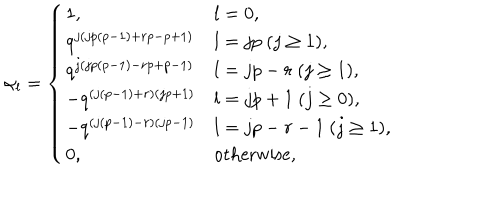
\alpha _ { l } = \left\{ \begin{array} { l l } { { 1 , } } & { { l = 0 , } } \\ { { q ^ { j ( j p ( p - 1 ) + r p - p + 1 ) } } } & { { l = j p ~ ( j \geq 1 ) , } } \\ { { q ^ { j ( j p ( p - 1 ) - r p + p - 1 ) } } } & { { l = j p - r ~ ( j \geq 1 ) , } } \\ { { - q ^ { ( j ( p - 1 ) + r ) ( j p + 1 ) } } } & { { l = j p + 1 ~ ( j \geq 0 ) , } } \\ { { - q ^ { ( j ( p - 1 ) - r ) ( j p - 1 ) } } } & { { l = j p - r - 1 ~ ( j \geq 1 ) , } } \\ { { 0 , } } & { { \mathrm { o t h e r w i s e } , } } \\ \end{array} \right.